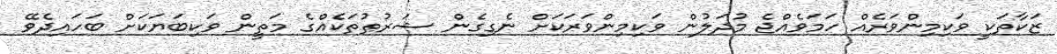
ޒަކާތަކީ ވަކިމިންވަރެއް ހަމަވެއްޖެ މުދަލުން ވަކިމިންވަރަކަށް ނެގިގެން ޝަރުޠުތަކެއްގެ މަތީން ވަކިބަޔަކަށް ބަހައިދެވޭ